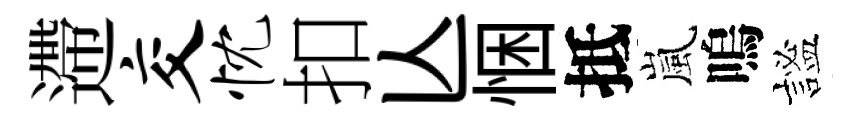
遰交忱扣亾悃抵嵐嗚謐